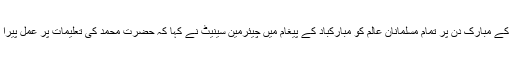
خاتم الانبیاء رحمة للعالمین حضرت محمدؐ کی پیدائش کے مبارک دن پر تمام مسلمانان عالم کو مبارکباد کے پیغام میں چیئرمین سینیٹ نے کہا کہ حضرت محمدؐ کی تعلیمات پر عمل پیرا ہو کر بہترین انسانیت کی مثال قائم کی جا سکتی ہے۔